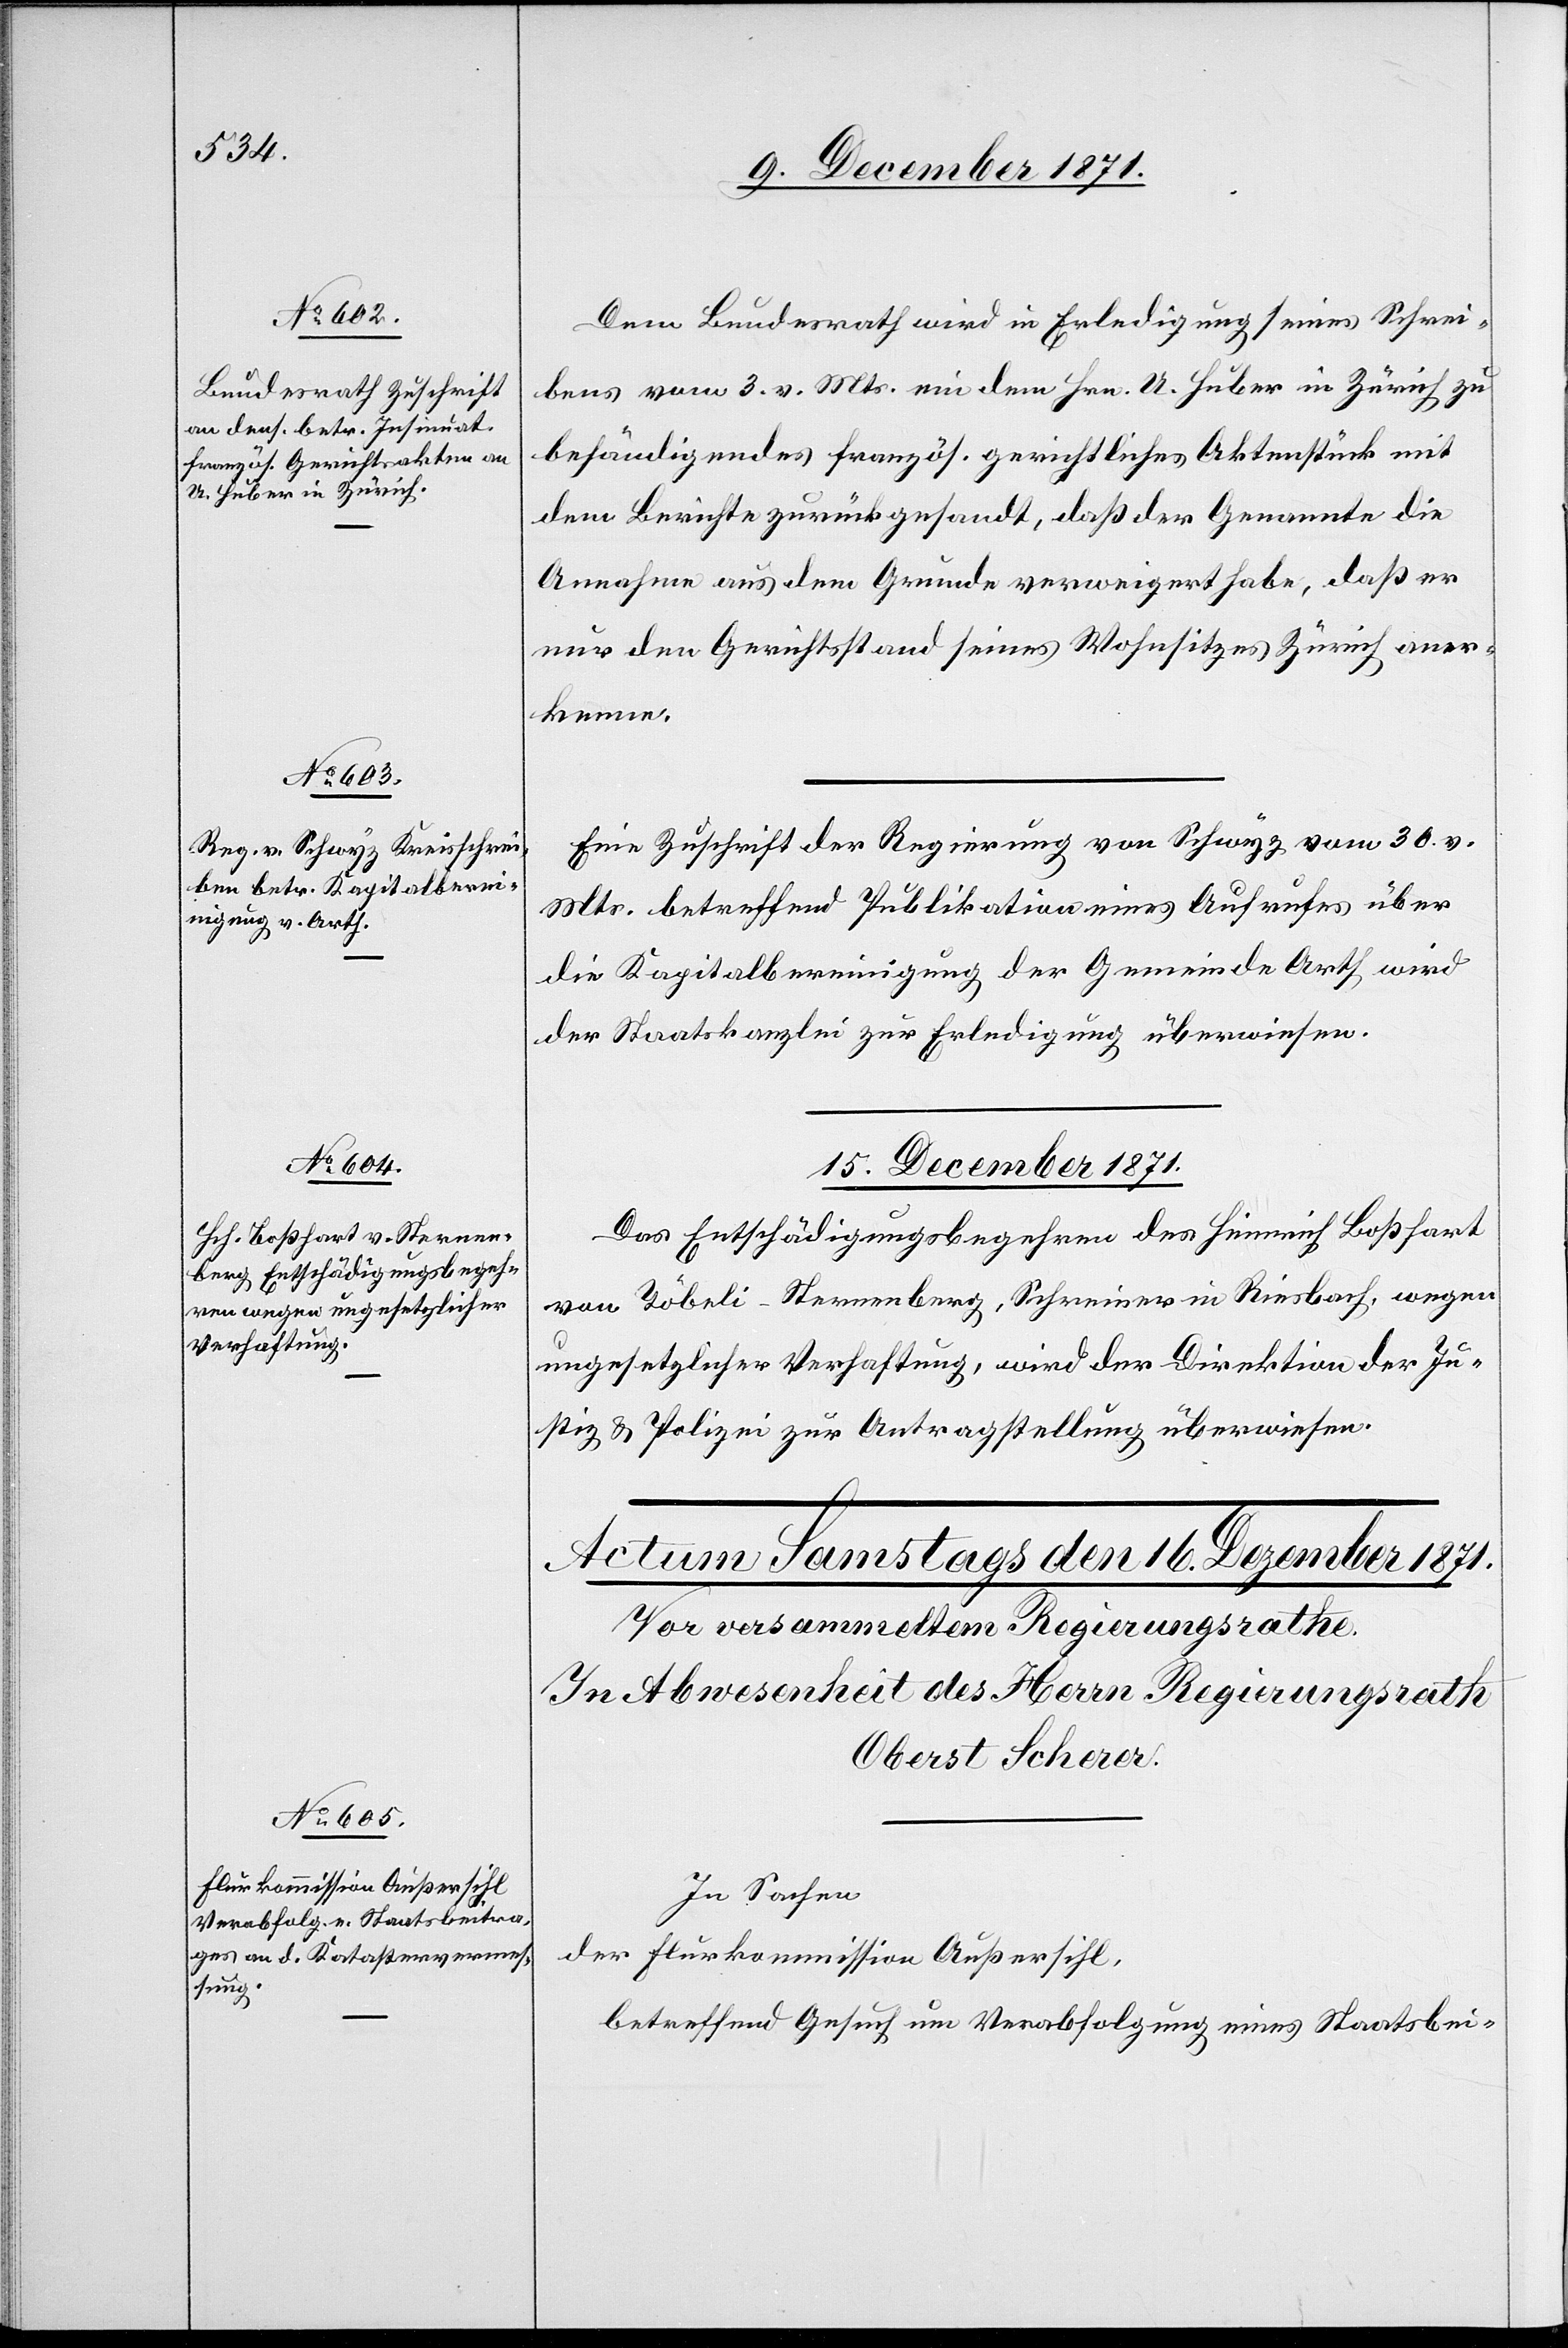
14. December 1871.]
Dem Bundesrath wird in Erledigung seines Schrei¬
bens vom 3. v. Mts. ein dem Hrn. A. Huber in Zürich zu
behändigendes französ. gerichtliches Aktenstück mit
dem Berichte zurückgesandt, daß der Genannte die
Annahme aus dem Grunde verweigert habe, daß er
nur den Gerichtsstand seines Wohnsitzes Zürich aner¬
kenne.
Eine Zuschrift der Regierung von Schwyz vom 30. v.
Mts. betreffend Publikation eines Aufrufes über
die Kapitalbereinigung der Gemeinde Arth, wird
der Staatskanzlei zur Erledigung überwiesen.
15. December 1871.
Das Entschädigungsbegehren des Heinrich Boßhart
von Töbeli-Sternenberg, Schreiner in Riesbach, wegen
ungesetzlicher Verhaftung, wird der Direktion der Ju¬
stiz & Polizei zur Antragstellung überwiesen.
In Sachen
der Flurkommission Außersihl,
betreffend Gesuch um Verabfolgung eines Staatsbei-